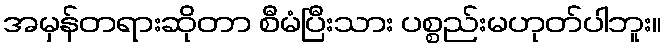
အမှန်တရားဆိုတာ စီမံပြီးသား ပစ္စည်းမဟုတ်ပါဘူး။